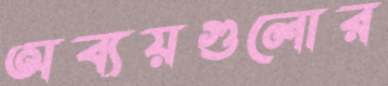
অব্যয়গুলোর